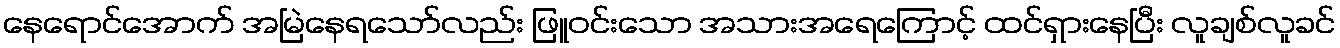
နေရောင်အောက် အမြဲနေရသော်လည်း ဖြူဝင်းသော အသားအရေကြောင့် ထင်ရှားနေပြီး လူချစ်လူခင်